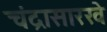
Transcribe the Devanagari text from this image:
चंद्रासारखे